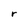
Character: r